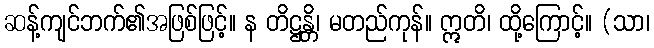
ဆန့်ကျင်ဘက်၏အဖြစ်ဖြင့်။ န တိဋ္ဌန္တိ၊ မတည်ကုန်။ ဣတိ၊ ထို့ကြောင့်။ (သာ၊